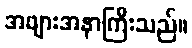
အဖျားအနာကြီးသည်။